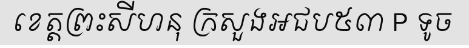
ខេត្តព្រះសីហនុ ក្រសួងអជប៥៣ P ទូច